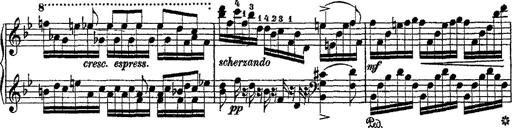
Title: Fantaisie romantique sur deux mÃ©lodies suisses
Composer: Franz Liszt